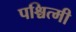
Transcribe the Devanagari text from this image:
पश्चित्मी